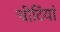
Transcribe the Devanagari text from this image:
चीटिंयां